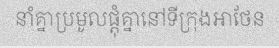
នាំគ្នាប្រមូលផ្តុំគ្នានៅទីក្រុងអាថែន